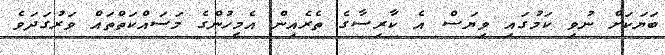
ބަޔަކަށް ނުވި ކަމުގައި ވިޔަސް އެ ކާރިސާގެ ތެރެއިން އެމީހުންގެ މަސައްކަތްތައް ވަރުގަދަވެ